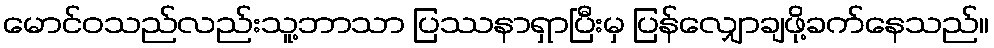
မောင်ဝသည်လည်းသူ့ဘာသာ ပြဿနာရှာပြီးမှ ပြန်လျှောချဖို့ခက်နေသည်။